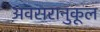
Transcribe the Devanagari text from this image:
अवसरानुकूल